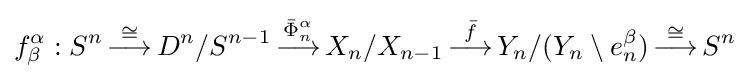
f_{\beta }^{\alpha }:S^{n}\,{\stackrel {\cong }{\longrightarrow }}\,D^{n}/S^{n-1}\,{\stackrel {{\bar {\Phi }}_{n}^{\alpha }}{\longrightarrow }}\,X_{n}/X_{n-1}\,{\stackrel {\bar {f}}{\longrightarrow }}\,Y_{n}/(Y_{n}\setminus e_{n}^{\beta })\,{\stackrel {\cong }{\longrightarrow }}\,S^{n}